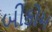
બીકોમ